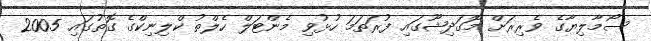
ސޯމާލިޔާގެ ވެރިރަށް މޮގަދިޝޫގައި ފުރަތަމަ ހުޅުވި މެންޓަލް ހެލްތު ކްލިނިކްގެ ގޮތުގައި 2005